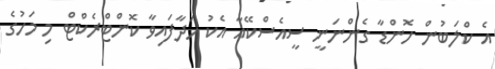
އެ ކްލަބުން ހޮންޑާ ގެންނަނީ ސީއެސްކޭއާ އެކު ހަދާފައިވާ ކޮންޓްރެކްޓް މި މަހުގެ